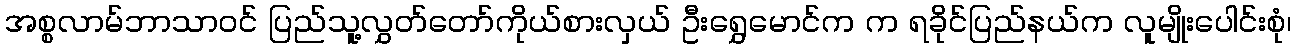
အစ္စလာမ်ဘာသာဝင် ပြည်သူ့လွှတ်တော်ကိုယ်စားလှယ် ဦးရွှေမောင်က က ရခိုင်ပြည်နယ်က လူမျိုးပေါင်းစုံ၊